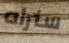
سنراه